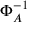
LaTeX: \Phi _ { A } ^ { - 1 }